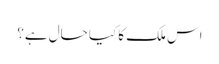
اس ملک کا کیا حال ہے؟